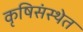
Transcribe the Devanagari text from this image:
कृषिसंस्थेत